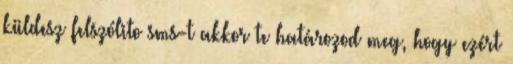
küldesz felszólito sms-t akkor te határozod meg, hogy ezért